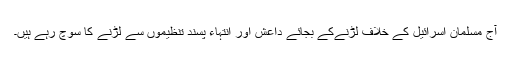
آج مسلمان اسرائیل کے خلاف لڑنےکے بجائے داعش اور انتہاء پسند تنظیموں سے لڑنے کا سوچ رہے ہیں۔